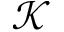
\mathcal { K }